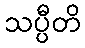
သပ္ပီတိ